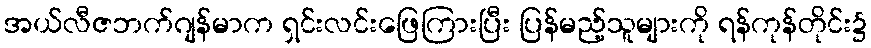
အယ်လီဇဘက်ဂျန်မာက ရှင်းလင်းဖြေကြားပြီး ပြန်မည့်သူများကို ရန်ကုန်တိုင်း၌